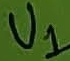
Text: U1